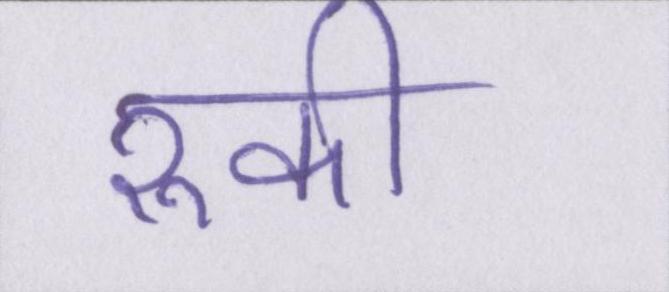
रूकी